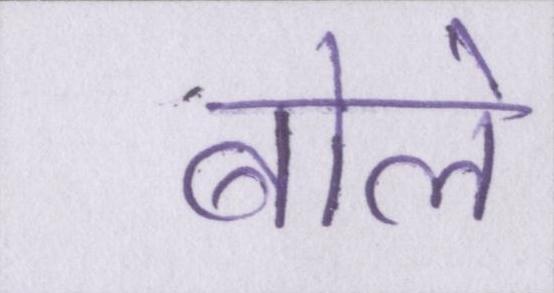
बोले